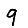
Digit: 9